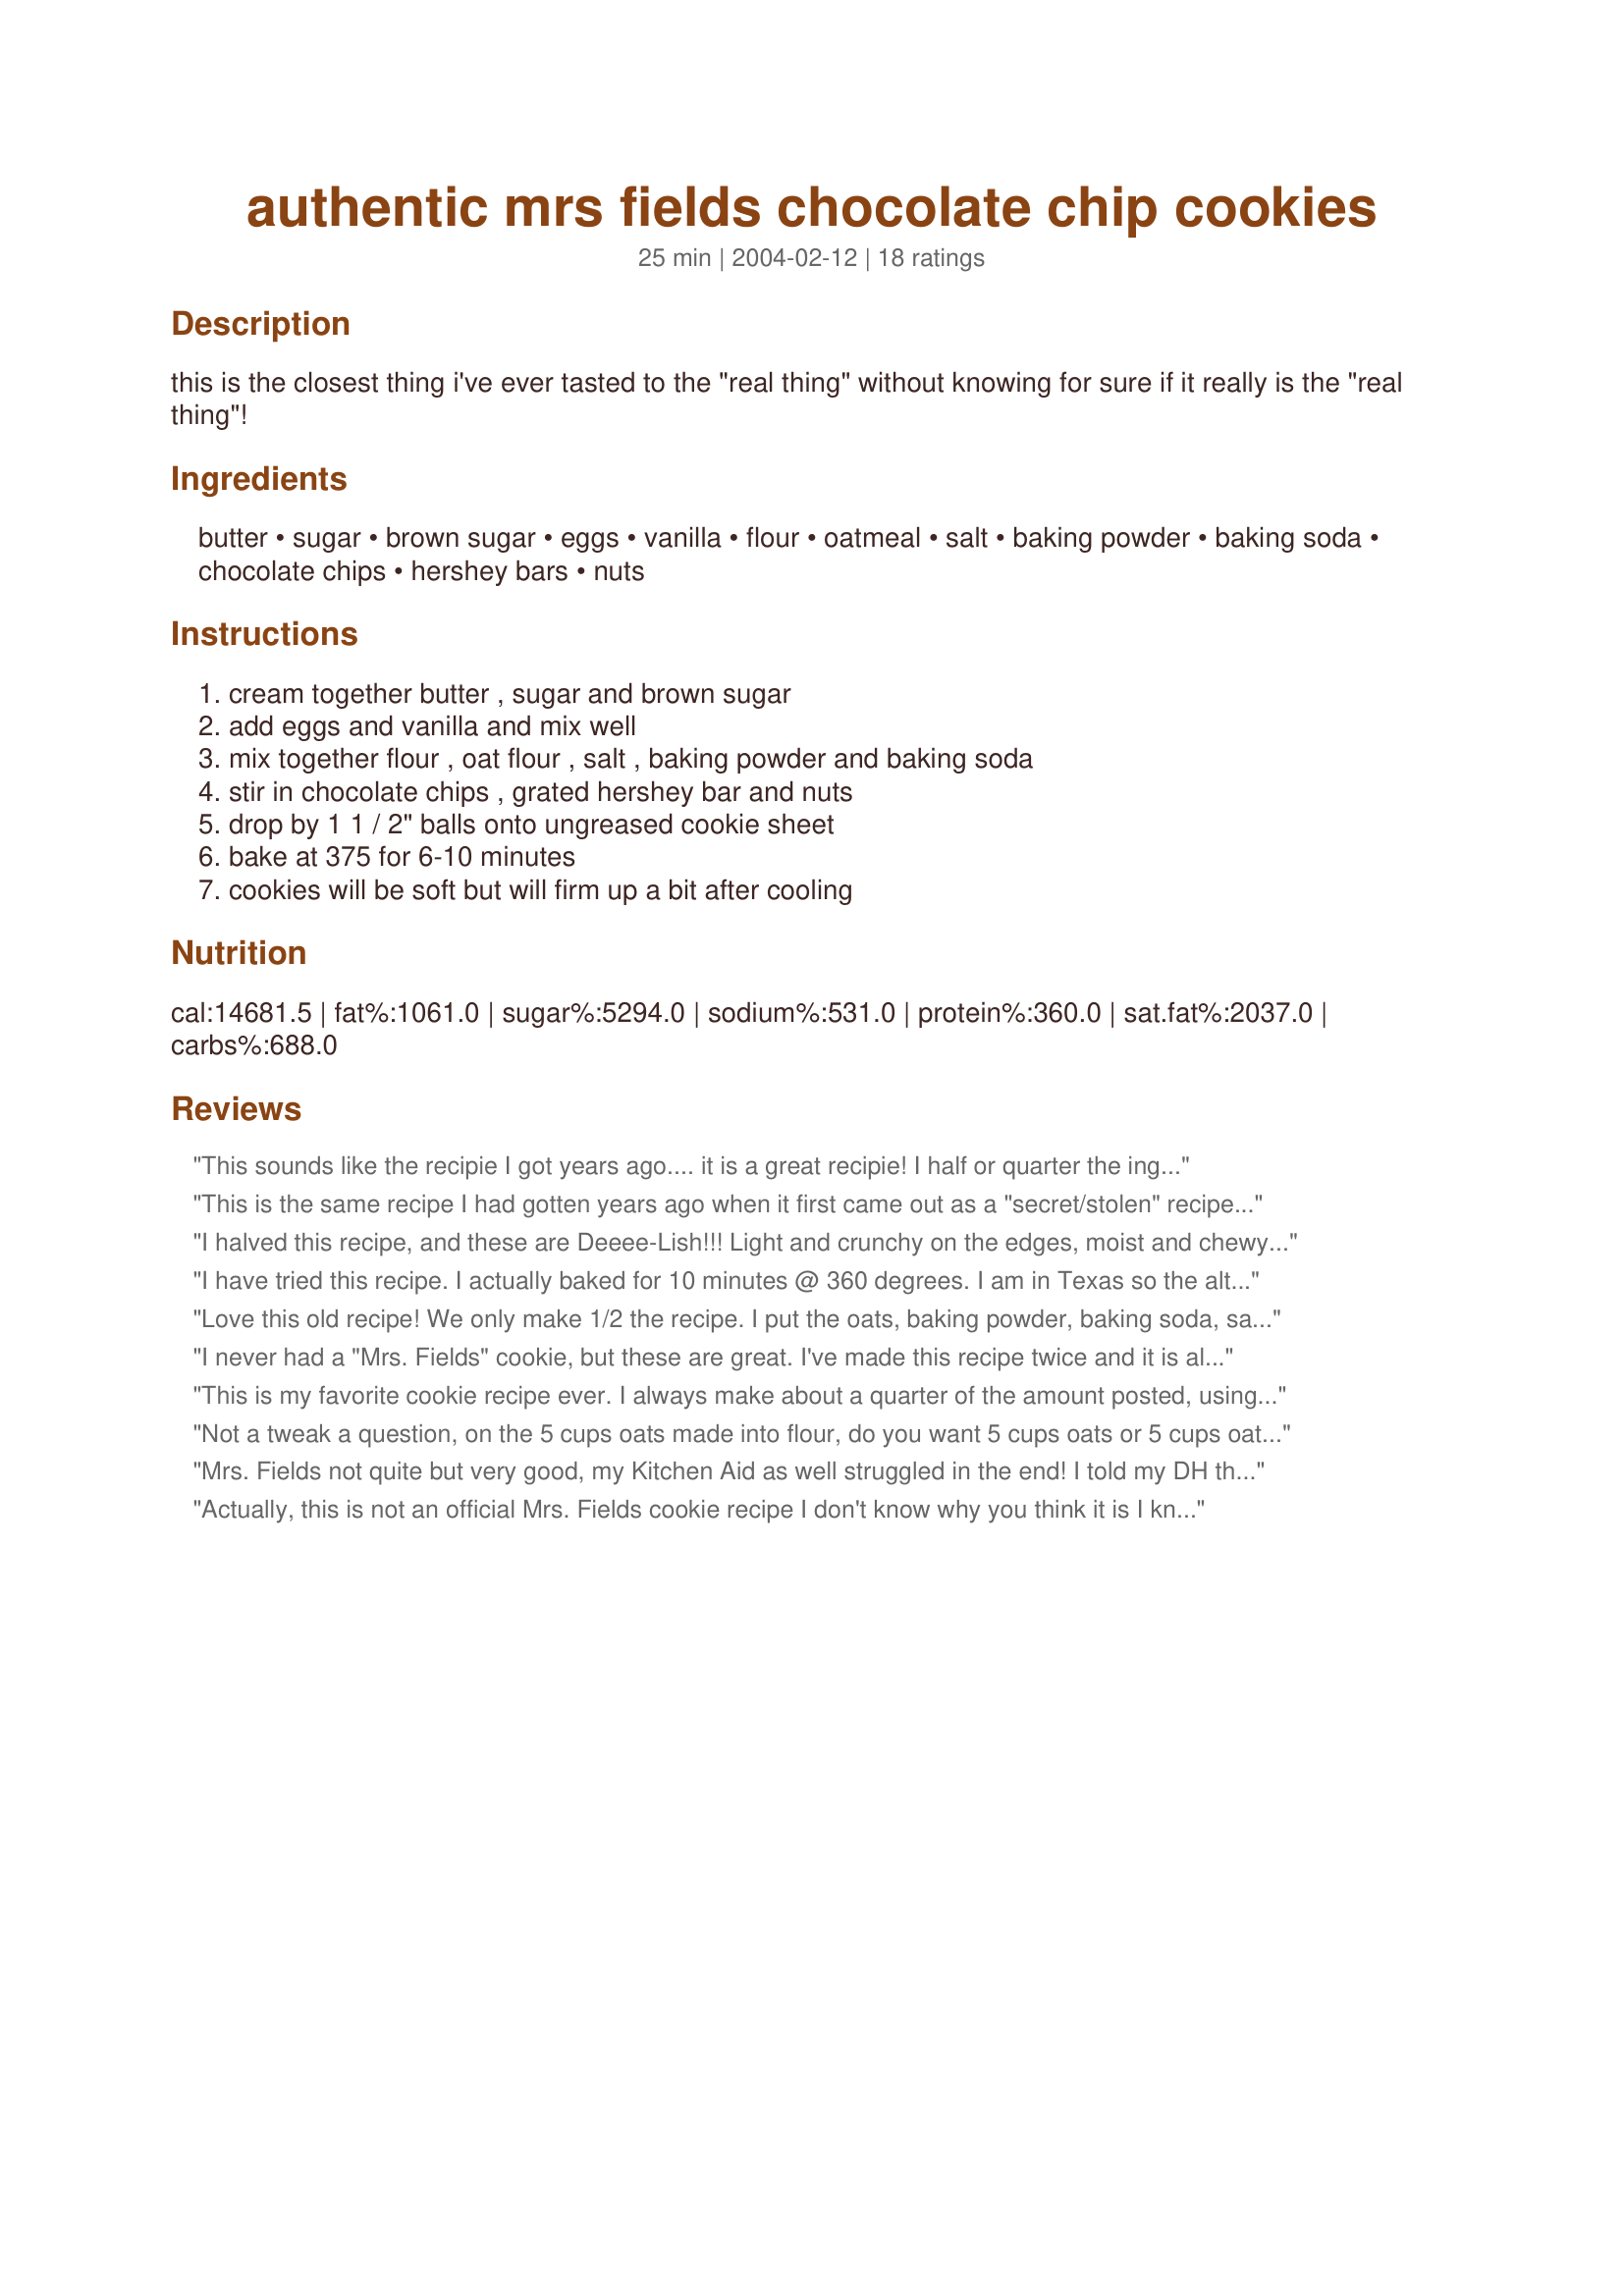
authentic mrs fields chocolate chip cookies
Preparation time: 25 minutes

this is the closest thing i've ever tasted to the "real thing" without knowing for sure if it really is the "real thing"!

Ingredients:
butter, sugar, brown sugar, eggs, vanilla, flour, oatmeal, salt, baking powder, baking soda, chocolate chips, hershey bars, nuts

Steps:
cream together butter , sugar and brown sugar, add eggs and vanilla and mix well, mix together flour , oat flour , salt , baking powder and baking soda, stir in chocolate chips , grated hershey bar and nuts, drop by 1 1 / 2" balls onto ungreased cookie sheet, bake at 375 for 6-10 minutes, cookies will be soft but will firm up a bit after cooling

Reviews:
This sounds like the recipie I got years ago.... it is a great recipie! I half or quarter the ingredients to make a smaller batch now that my family is smaller.


This is the same recipe I had gotten years ago when it first came out as a "secret/stolen" recipe. It is time-consuming though due to making the oatmeal flour and grating the chocolate bar but the difference is definately worth it. I agree with the other reviewers that the recipe can be halved or even quartered because it does make a VERY large batch.
I halved this recipe, and these are Deeee-Lish!!!
Light and crunchy on the edges, moist and chewy in the center, perfect! I will be making these again & again! (I'll be sure to quarter the recipe next time to curb my eating of them!!)
I have tried this recipe. I actually baked for 10 minutes @ 360 degrees. I am in Texas so the altitude may make a difference. 

I have also modified the recipe. I used 3 cups of oatmean and 2 cups of whole wheat flour. I also added 1 cup of chunky peanut butter.... yum
Love this old recipe! We only make 1/2 the recipe. I put the oats, baking powder, baking soda, salt, *cinnamon, and *cocoa powder in the blender and mix. Then I add the mix to 1 cup white flour, 1 cup of wheat flour. I added *Amaretto to the sugar/butter/egg/vanilla. I add the dry ingredient in thirds; it seems easier to mix. The first batch we cooked for 8 min., the second for 9 min. I rolled two more batches, covered them and put them in the freezer for another day. My husband preferred the 9 min ones because when you eat them warm they are less &quot;doughy&quot;. Thank you for posting the recipe!!
I never had a "Mrs. Fields" cookie, but these are great. I've made this recipe twice and it is almost too much for the kitchenaid. I left out the nuts and chocolate bars. Flattening them is a good idea - they stack better in the cookie jar! My yield was just over 6 dozen.
This is my favorite cookie recipe ever. I always make about a quarter of the amount posted, using just one stick of butter, etc. But these come out AMAZING every time, crunchy and puffy. Everyone loves these.
Not a tweak a question, on the 5 cups oats made into flour, do you want 5 cups oats or 5 cups oat flour?
Mrs. Fields not quite but very good, my Kitchen Aid as well struggled in the end! I told my DH that I needed the pro Kitchen Aid with a larger capacity. I will definitely make these again but will rethink the mixing of the nuts and chocolate chips. They are not quite as chewy as we like them but a great tasting cookie.
Actually, this is not an official Mrs. Fields cookie recipe I don't know why you think it is I know the official recipe. I worked for the company and this is not it
I have been making this recipe for over 30 years now. My kitchen aid mixer cannot keep up. Oh well, there is nothing like good old fashioned HAND MIXING when needed. I just wear gloves now if sending the cookies outside the house. Also I always make the cookies a tad smaller then called for and I get about 12 dozen everytime. YUM!
A little more vanilla than I like. Otherwise good, The first time I made this recipe (years ago) I used regular oatmeal without blending up and it adds a little more texture. I like it better that way particularly if you do not have nuts. 9.5 minutes is perfect for us.
My favorite cookie recipe. This is the recipe I go to when I crave cookies.
Someone needs to fix the nutrition info. It is completely out of whack.
I have made the full recipe. It makes a huge amount of cookies. I bake what I want then roll the remaining dough into balls, place them on a cookie sheet close together but not touching and place them in the freezer. Once they are frozen, I put them in a plastic bag and seal it. When I want to bake more, I take out as many as I want, defrost them on a cookie sheet and pop them in the oven to bake.
These cookies are great! I make them every Christmas.
This looks like my Neiman Marcus chocolate chip cookie recipe. No matter what it's called, these are delicious cookies. I substitute one cup of butter with 1 cup coconut oil. Adds a great taste. I also do one cup of sugar and three cups of brown sugar. It's supposed to do something (chewier?) and the change-ups still make delicious cookies.
Any preference on dark or light baking sheets?
